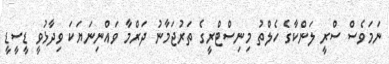
ނަމަވެސް ސްރީ ލަންކާގެ ހެލްތު މިނިސްޓްރީގެ ތަރުޖަމާނު ދަރްމާ ވައްނިނަޔަކަ ވިދާޅުވީ ޑީސީޑީ